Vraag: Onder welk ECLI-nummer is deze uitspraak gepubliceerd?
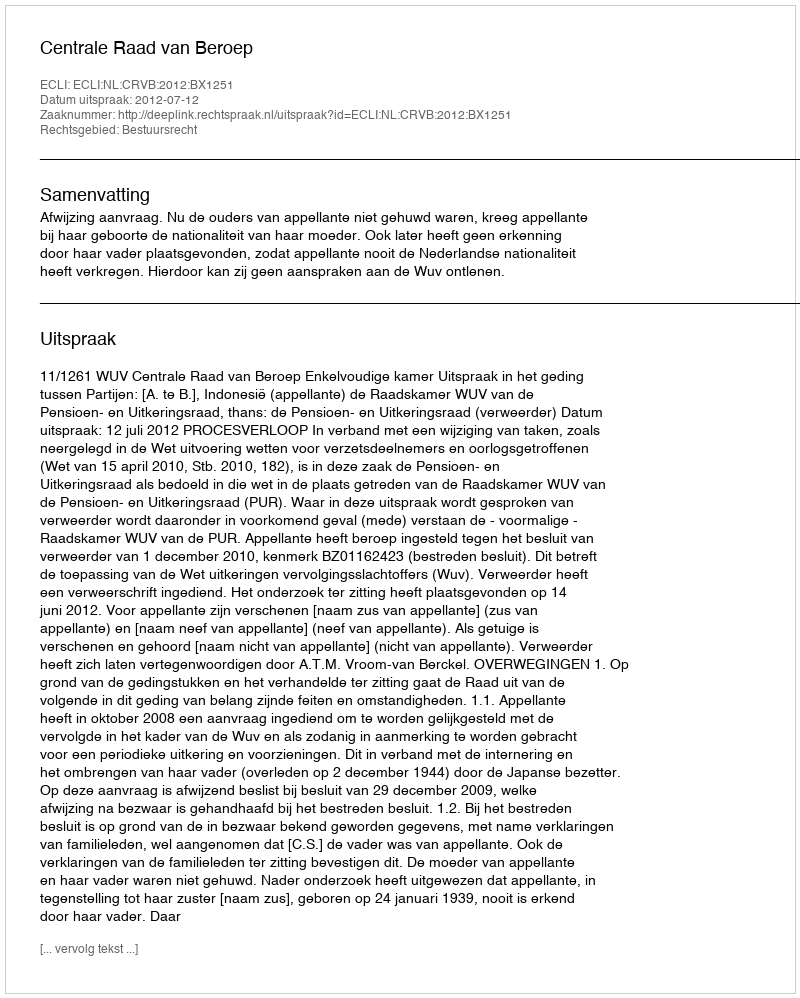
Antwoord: ECLI:NL:CRVB:2012:BX1251